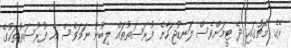
ރޭގެ މެޗުގައި ދެ ޓީމަށްވެސް ލަނޑުޖަހާނެ ފުރަސަތުތައް ލިބުނު ނަމަވެސް އެ ފުރުސަތުތަކުގެ